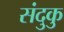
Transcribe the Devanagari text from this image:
संदुकु